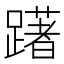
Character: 躇